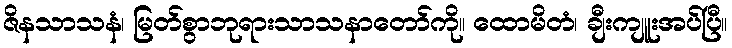
ဇိနသာသနံ၊ မြတ်စွာဘုရားသာသနာတော်ကို။ ထောမိတံ၊ ချီးကျူးအပ်ပြီ။